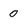
Character: 0